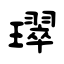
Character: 璻